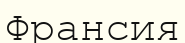
Франсия